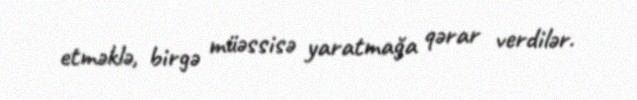
etməklə, birgə müəssisə yaratmağa qərar verdilər.